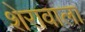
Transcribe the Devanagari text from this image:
शेरावाला